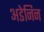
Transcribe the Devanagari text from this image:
अडेनिन